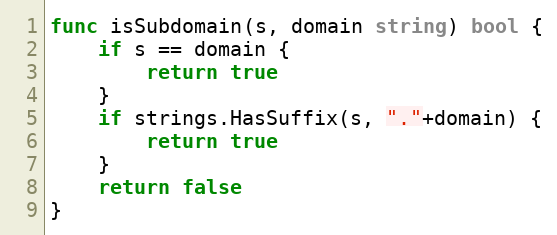
Language: Go
func isSubdomain(s, domain string) bool {
	if s == domain {
		return true
	}
	if strings.HasSuffix(s, "."+domain) {
		return true
	}
	return false
}